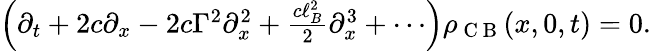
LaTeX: \begin{array}{r}{\left(\partial_{t}+2c\partial_{x}-2c\Gamma^{2}\partial_{x}^{2}+\frac{c\ell_{B}^{2}}{2}\partial_{x}^{3}+\cdots\right)\rho_{\mathrm{~C~B~}}(x,0,t)=0.}\end{array}